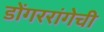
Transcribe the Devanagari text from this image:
डोंगररांगेची